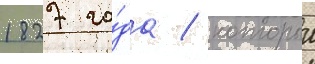
1827 го́да / которыи